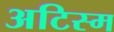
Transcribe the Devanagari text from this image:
अटिस्म